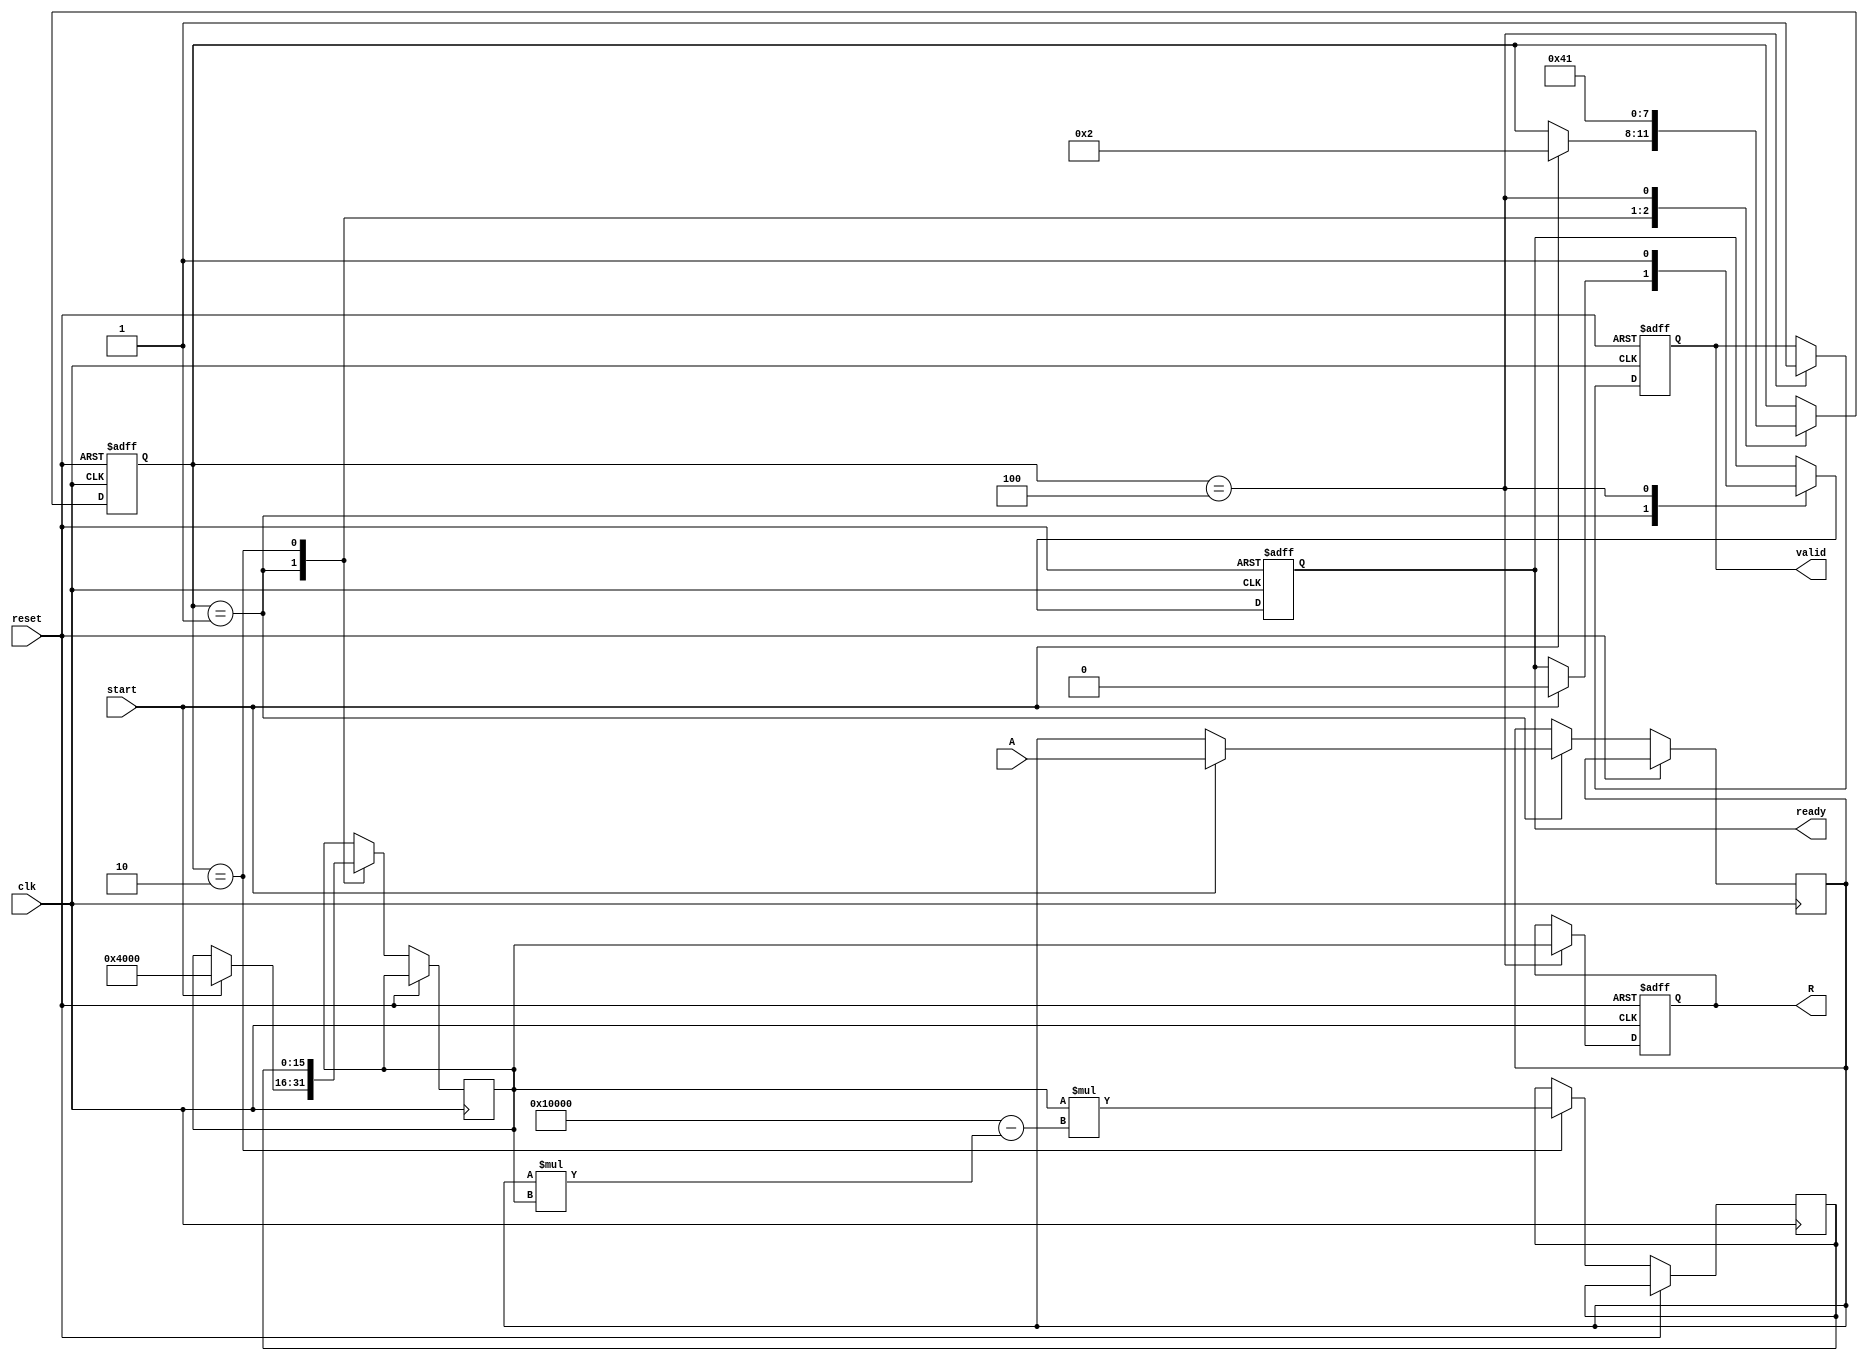
module RUnit #(
    parameter N = 16  // Bit width for input and output
)(
    input wire clk,
    input wire reset,
    input wire start,
    input wire [N-1:0] A,  // Input signal
    output reg [N-1:0] R,   // Output reciprocal signal
    output reg valid,        // Output valid signal
    output reg ready         // Ready for new input
);

    // Internal signals
    reg [N-1:0] A_reg;
    reg [N-1:0] R_intermediate;
    reg [3:0] state;               // State machine state
    localparam IDLE = 4'b0001,     // Idle state
               COMPUTE = 4'b0010,   // Computing state
               OUTPUT = 4'b0100;     // Output state

    // Constants for the Newton-Raphson method
    reg [N-1:0] half_precision; // The initial guess for the reciprocal
    integer i;

    // State machine
    always @(posedge clk or posedge reset) begin
        if (reset) begin
            state <= IDLE;
            R <= 0;
            valid <= 0;
            ready <= 1;
        end else begin
            case (state)
                IDLE: begin
                    if (start) begin
                        A_reg <= A;        // Capture input
                        ready <= 0;       // Not ready for new input
                        state <= COMPUTE; // Move to compute state
                        // Initial guess for reciprocal (1/A)
                        half_precision <= {1'b1, {N-2{1'b0}}}; // 1.0 (initial guess)
                    end
                end

                COMPUTE: begin
                    // Newton-Raphson iterations
                    for (i = 0; i < 5; i = i + 1) begin
                        R_intermediate <= half_precision * (2**N - A_reg * half_precision);
                        half_precision <= R_intermediate; // Update guess
                    end
                    state <= OUTPUT; // Move to output state
                end

                OUTPUT: begin
                    R <= half_precision; // Set reciprocal output
                    valid <= 1;          // Output is valid
                    state <= IDLE;       // Go back to idle
                    ready <= 1;          // Ready for new input
                end
            endcase
        end
    end

endmodule